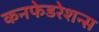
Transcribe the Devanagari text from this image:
कनफेडरेशन्स